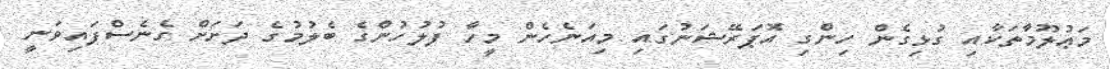
މަޢުލޫމާތަކާއި ގުޅިގެން ހިންގި އޮޕަރޭޝަނުގައި މިއަނެހެން މީހާ ފުލުހުންގެ ބެލުމުގެ ދަށަށް ގެނެސްފައިވަނީ